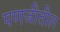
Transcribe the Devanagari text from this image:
पणजीतील